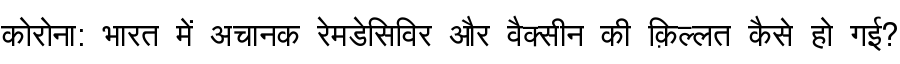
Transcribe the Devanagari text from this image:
कोरोना: भारत में अचानक रेमडेसिविर और वैक्सीन की क़िल्लत कैसे हो गई?